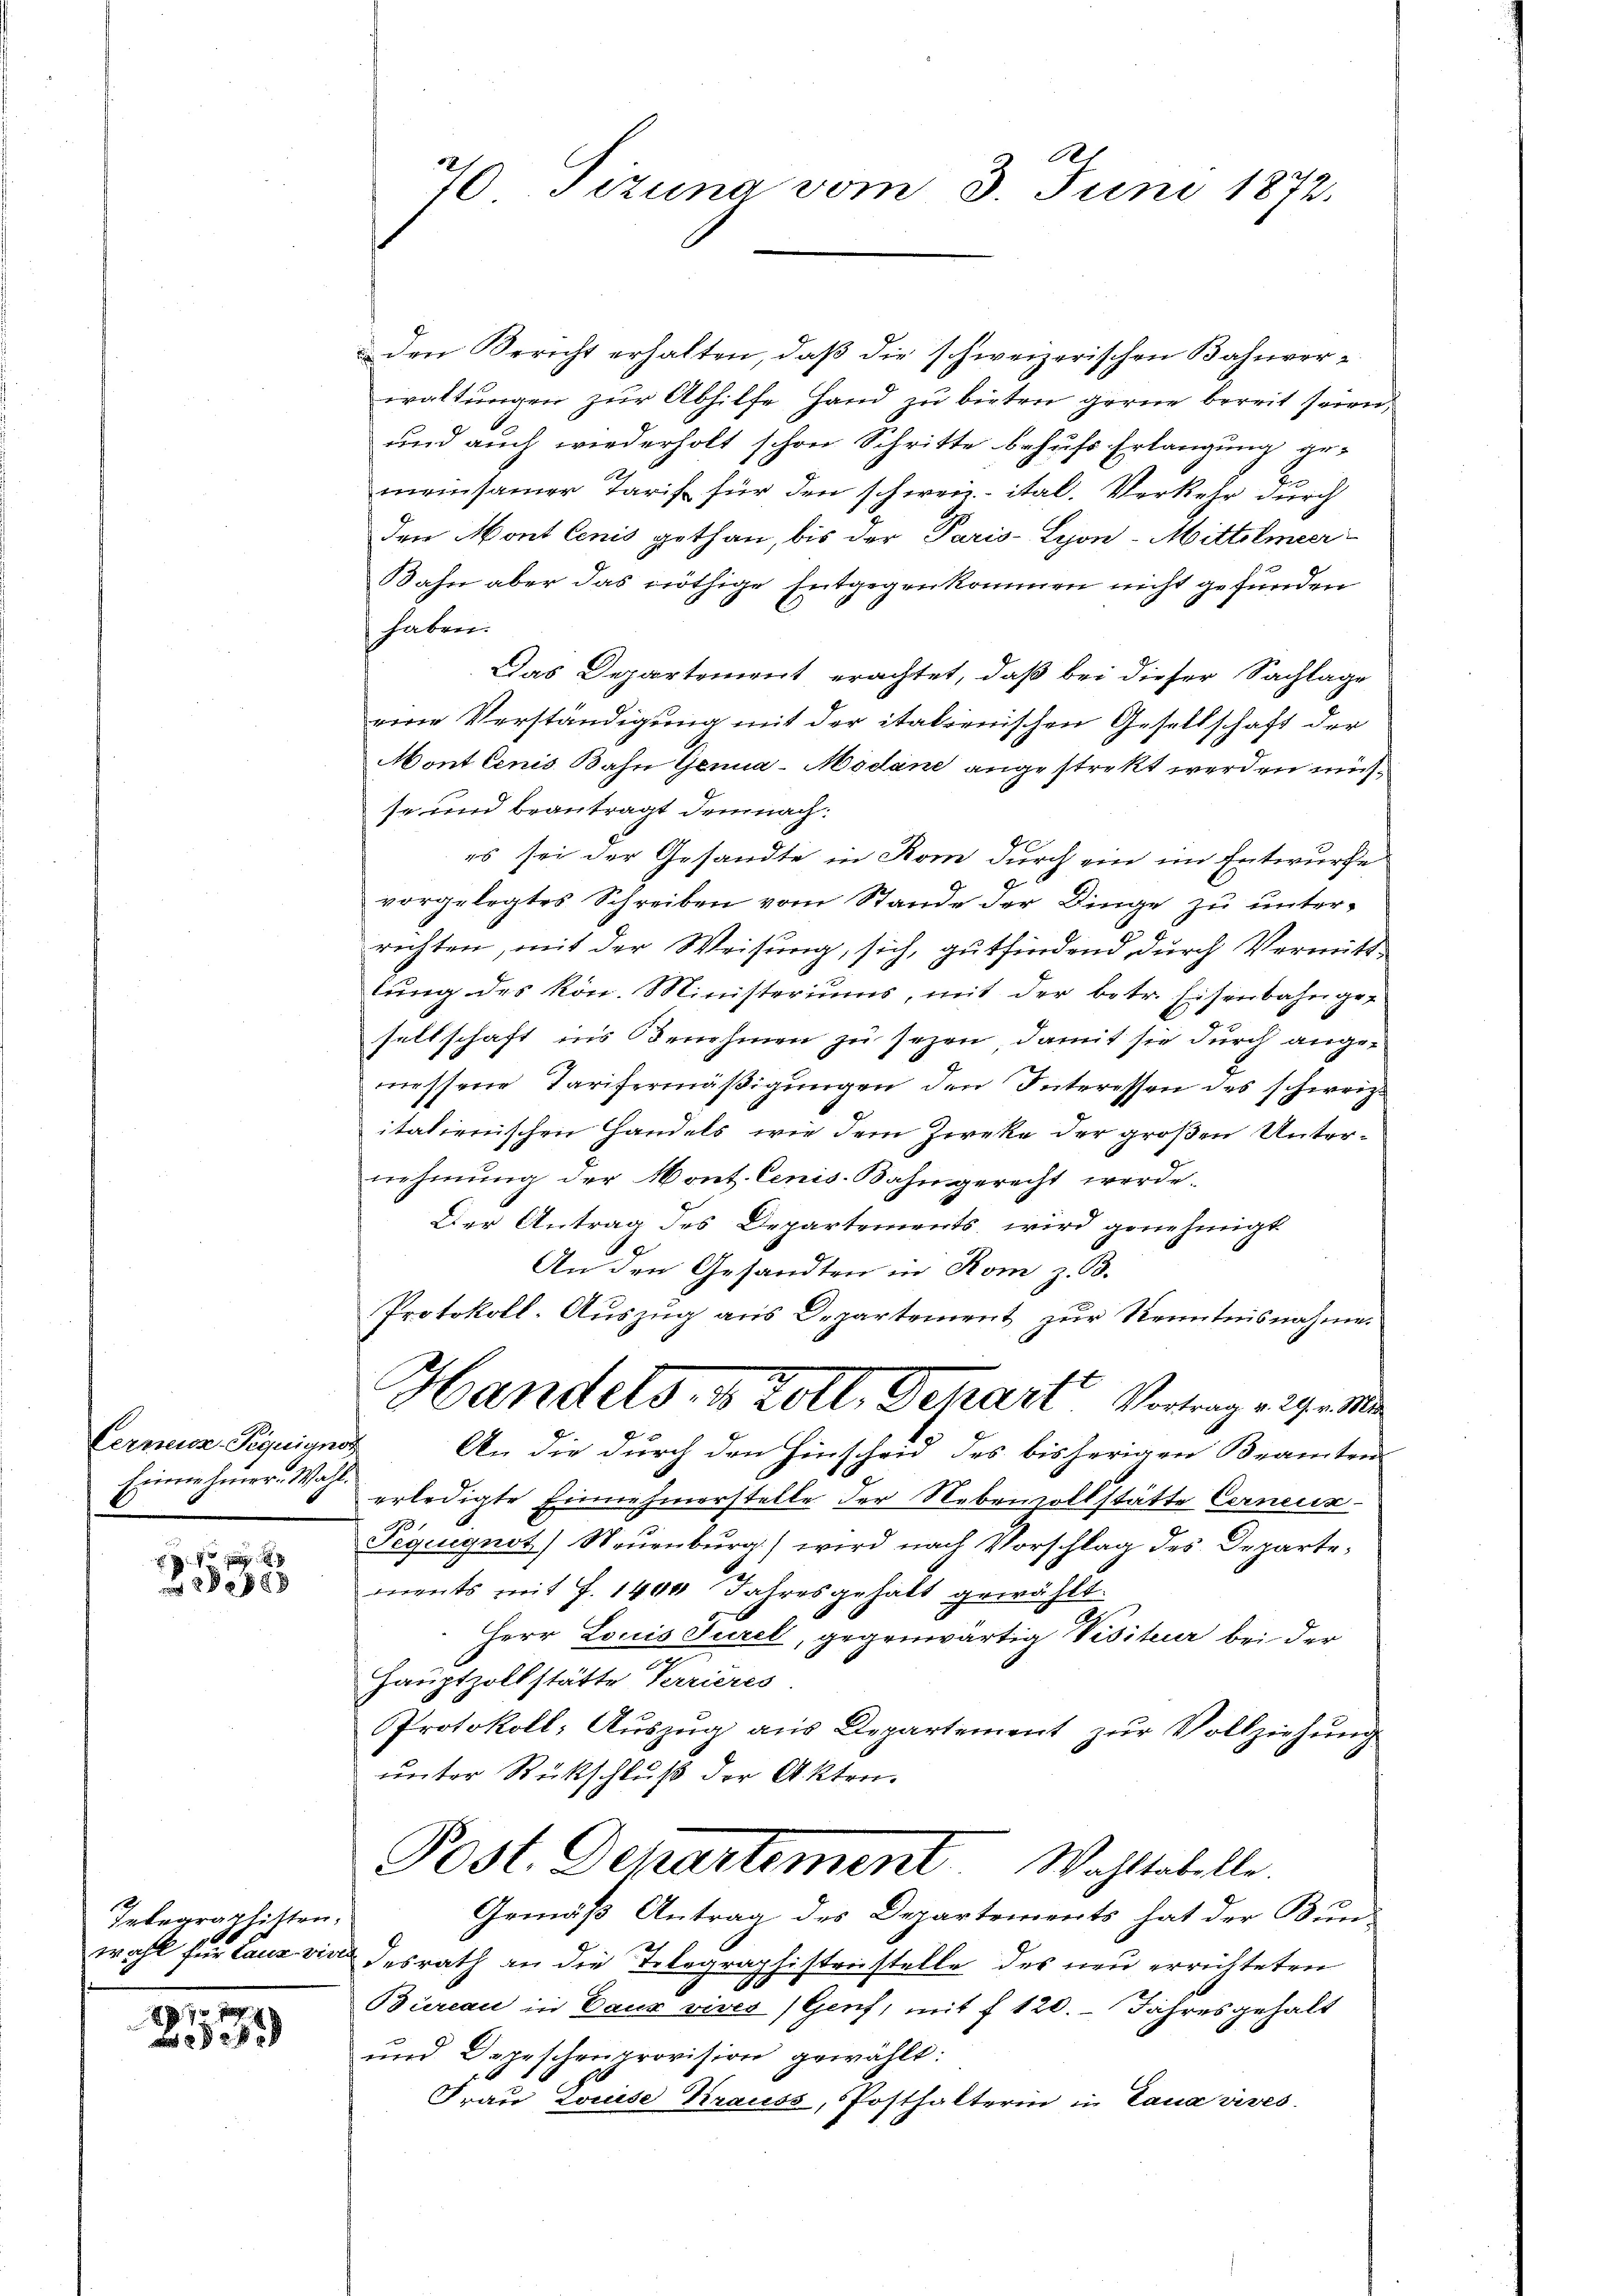
Cerneuz-Piquignor
Einnehmer. Wahl.

28x

Inbegraphistra-
2

70 f
a

e
70 Tizung vom 3. Juni 1872.

den Bericht erhalten, daß die schweizerischen Bahnver-
waltungen zur Abhilfe Hand zu bieten gerne bereit seien,
und auch wiederholt schon Schritte behufs Erlangung ge-
meinsamer Tarif für den schweiz ital. Verkehr durch
den Mont lenis gethan, bis der Paris-Lyon-Mittelmeer
Bahn aber das nöthige Entgegenkommen nicht gefunden
haben.
Das Departement erachtet, daß bei dieser Sachlage
eine Verständigung mit der italienischen Gesellschaft der
Mont lenis Bahn Genua-Mödane angestrekt werden müsse und beantragt demnach:
d
es sei der Gesandte in Rom durch ein im Entwurfe
vorgelegtes Schreiben vom Stande der Dinge zu unterrichten, mit der Weisung, sich, gutfindend durch Vermitt-
tung des kön. Ministeriums, mit der betr. Eisenbahngesellschaft in’s Benehmen zu sezen, damit sie durch angemessene Tarifermäβigŭngen den Interessen des schweiz.
italienischen Handels, wie dem Zieke der großen Unter-
nehmung der Mont. Cenis Bahngerecht werde.
Der Antrag des Departements, wird genehmigt
An den Gesandten in Rom z. B.
Protokoll-Auszug aus Departement zur Kenntnisnahme.
Handels, u. Zoll, Schart Vortrag erthe de
An die durch den Hinscheid des bisherigen Beamten-
erledigte Einnehmerstelle der Nebenzollstätte Cerneun-
Pequignot) Neuenburg) wird nach Vorschlag des Departements mit J. 1404 Jahresgehalt gewählt.
Herr Louis Jurel, gegenwärtig Visiteur bei der
Hauptzollstätte Perrieres
Protokoll: Auszug aus Departement zur Vollziehung
unter Rückschluß der Akten.
Post. Departement Wahltabelle.
Gemäß Antrag des Departements hat der Bunwahl für Lauz vie desrath an die Telegraphistenstelle des neu errichteten
Büreau in Baur vives (Genf, mit f 120. Jahres gehalt
und Depeschenprovision gewählt:
Frau Louise Krauss, Posthalterin in Lana vives.